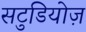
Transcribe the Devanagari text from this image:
सटुडियोज़